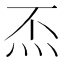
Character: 㶨